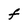
Character: f